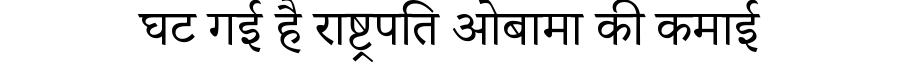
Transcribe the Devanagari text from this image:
घट गई है राष्ट्रपति ओबामा की कमाई